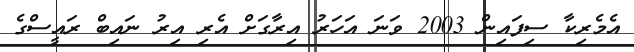
އެމެރިކާ ސިފައިން 2003 ވަނަ އަހަރު އިރާގަށް އެރި އިރު ނައިބް ރައީސްގެ